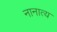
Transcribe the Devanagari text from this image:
नानात्य